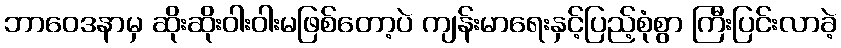
ဘာဝေဒနာမှ ဆိုးဆိုးဝါးဝါးမဖြစ်တော့ပဲ ကျန်းမာရေးနှင့်ပြည့်စုံစွာ ကြီးပြင်းလာခဲ့